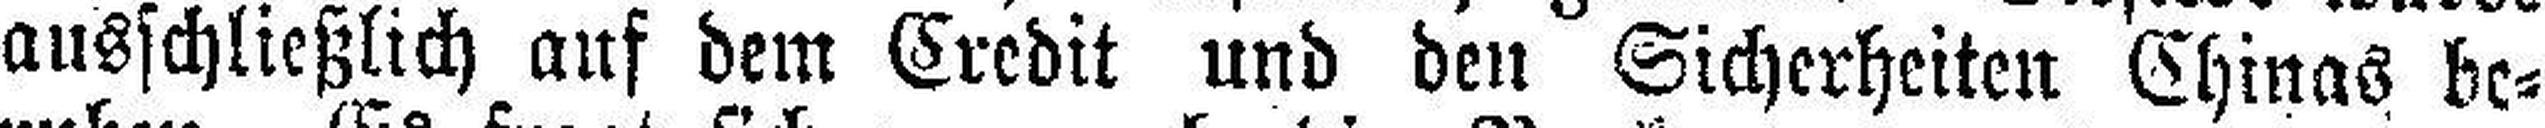
ausschließlich auf dem Credit und den Sicherheiten Chinas be¬